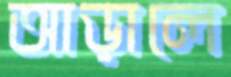
আড়ালে